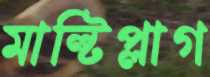
মাল্টিপ্লাগ